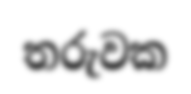
තරුවක